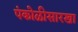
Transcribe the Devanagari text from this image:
पंकोळीसारखा